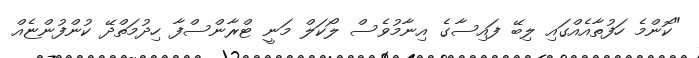
"ކޮންމެ ހަފުތާއެއްގައި ލިބޭ ފައިސާގެ އިނާމުވެސް ލޯކަލް މަނީ ޓްރާންސްފާ ހިދުމަތްދޭ ކުންފުންޏެއް